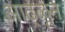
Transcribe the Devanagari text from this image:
आढ्ळून